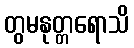
တွမနုတ္တရောသိ